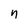
Character: n